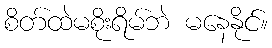
စိတ်ထဲမစိုးရိမ်ဘဲ မနေနိုင်။